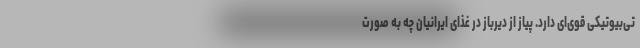
تی‌بیوتیکی قوی‌ای دارد. پیاز از دیرباز در غذای ایرانیان چه به صورت